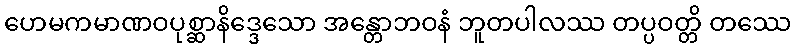
ဟေမကမာဏဝပုစ္ဆာနိဒ္ဒေသော အန္တောဘဝနံ ဘူတပါလဿ တပ္ပဝတ္တိ တဿေ